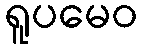
ရူပမေဝ